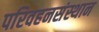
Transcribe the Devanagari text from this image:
परिवहनसंस्थान